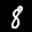
Label: 8